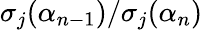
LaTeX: \sigma_{j}(\alpha_{n-1})/\sigma_{j}(\alpha_{n})